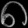
Digit: ၈